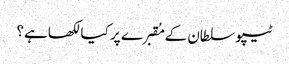
ٹیپو سلطان کے مُقبرے پر کیا لکھاہے؟